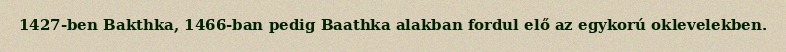
1427-ben Bakthka, 1466-ban pedig Baathka alakban fordul elő az egykorú oklevelekben.